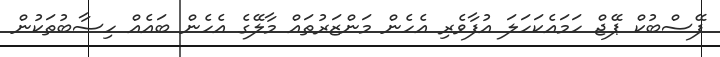
ފޭސްބުކް ޕޭޖް ހަމަައެކަހަލަ އުފާވެރި އެހެން މަންޒަރުތައް މާލޭގެ އެހެން ބައެއް ހިސާބުތަކުން